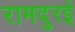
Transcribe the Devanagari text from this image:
रामदुरई